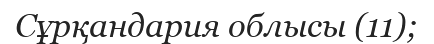
Сұрқандария облысы (11);